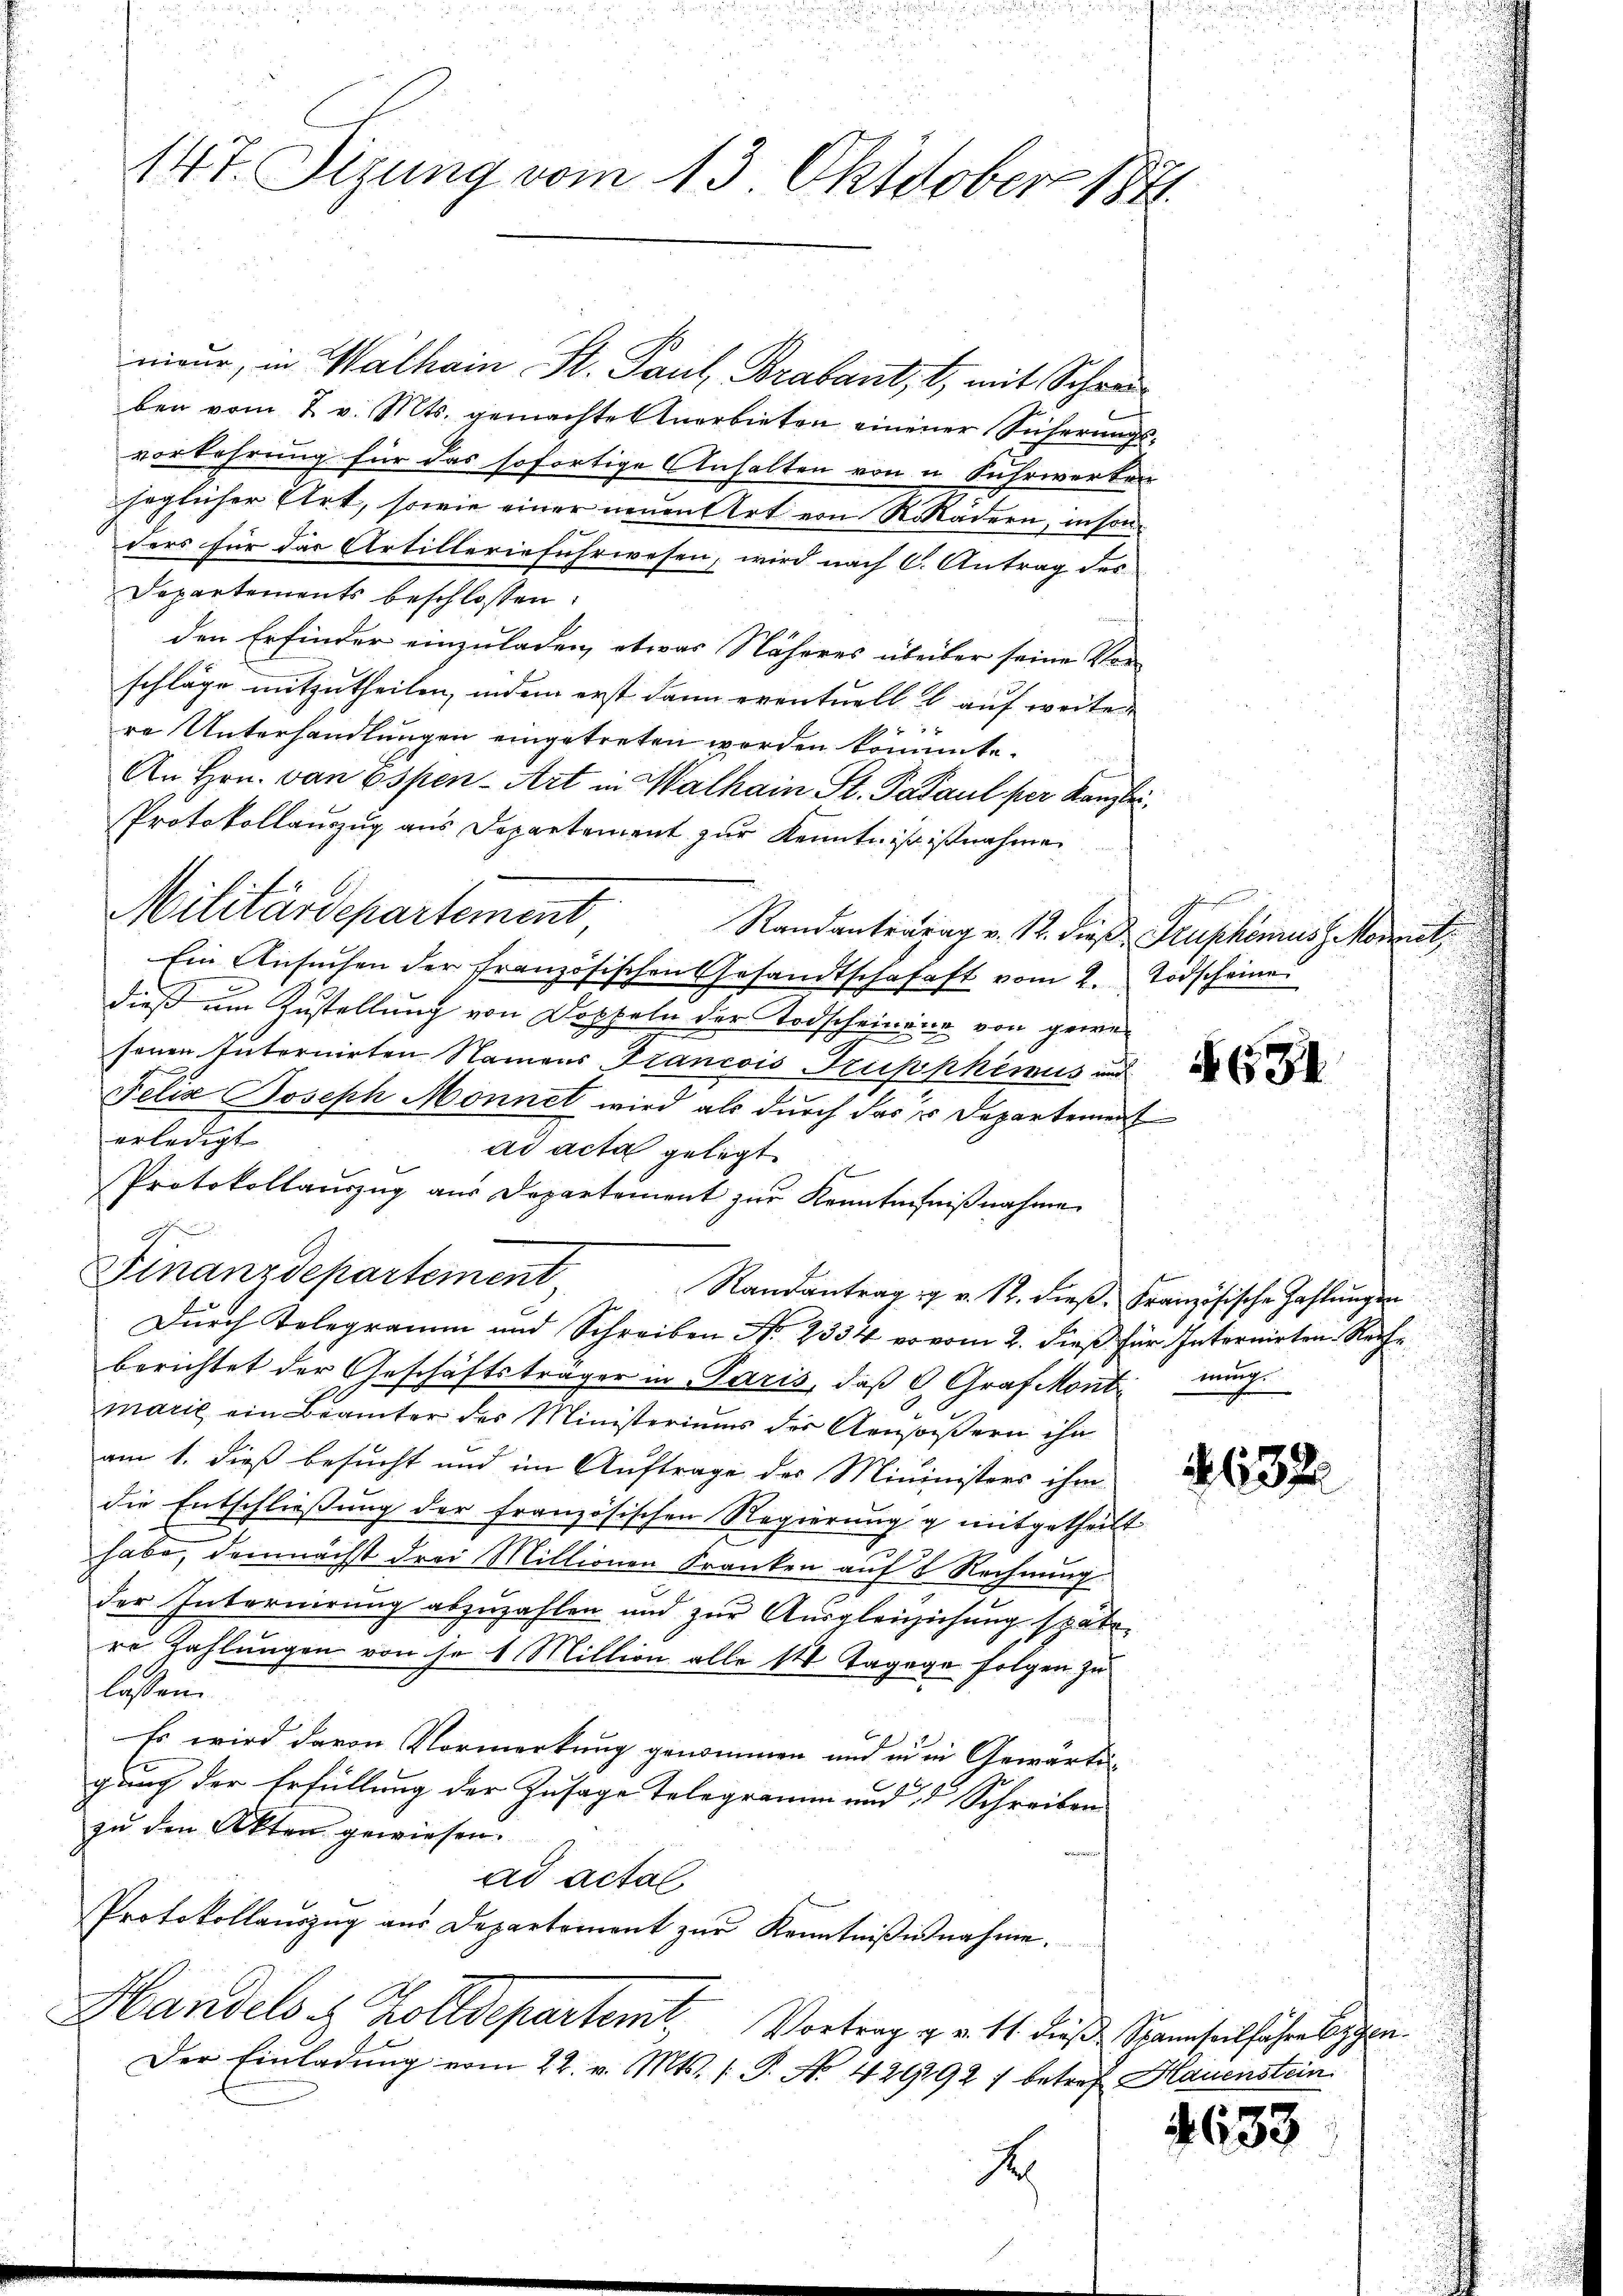
147. Sizung vom 13. Oktober 1841.

nieur, in Walhain St. Paul Brabant, 1, mit Schreiben vom 2. v. Mts. gemachte Anerbieten einener Sicherungsvorkehrung für das sofortige Anhalten von u. Fuhrwerken
heglicher Art, sowie einer neuen Art von Rokadem, insonders für das Artillerinfuhrwesen, wird nach C. Antrag des
Departements beschlossen:
den Erfinder einzuladen, etwas Näheres überber seine Vorschläge mitzutheilen, indem erst dann eventuell & auf weiter
re Unterhandlungen eingetreten werden könnte.
An Hrn. von Espen- Art in Malhain St. Padaul per Kanzlei
Protokollauszug aus Departement zur Kenntniß istnahme
Militärdepartement, Randantentag v. 12. dieß Kuphonis estoritz
Ein Ansuchen der französischen Gesandtschafaft vom 2. Todscheine
dieß um Zustellung von Doppeln der Todscheinung von gewesenen Internirten Namens Francois Dupphimus und
Felix Joseph Monnet wird als durch das u Departement
erledigt
ad acta gelegt.
s
Protokollauszug aus Departement zur Kenntnißnißnahme
1
Finanzdepartement
Randantragig v. 12. dieß. Französische Zahlungen
Durch Telegramm und Schreiben No 2334 vo vom 2. dieß für Internirten Rechberichtet der Geschäftsträger in Paris, daß C Graf Mont mung.
marie ein Beamter des Ministeriums der Aeussern ihn
am 1. dieß besucht und im Auftrage des Mininisters ihm
die Entschließung der französischen Regierung g mitgetheilt
habe, demnächst drei Millionen Kranken auf 8 Rechnung
der Internirung abzuzahlen und zur Ausgleichichung späte
re Zahlungen von je 1 Million alle 14 Tagege folgen zu
lassen.
Es wird davon Vormerkung genommen und in in Gewärtigung der Erfüllung der Zusage Telegramm und  Schreiben
zu den Akten gewiesen.
ad acta
Protokollaŭszŭg aŭs Departement zŭr Kenntniβinnahme.
Handels u. Zolldepartemt. Vortrag v. a. 11. dieß Spannseilfahresze
Der Einladung vom 22. v. Mts. (T. No. 4291927 betref Hauenstein
S

h

N654

2632

633